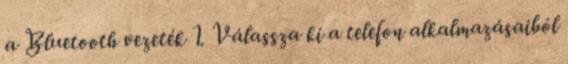
a Bluetooth vezeték 1. Válassza ki a telefon alkalmazásaiból